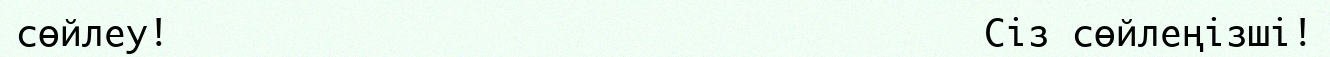
сөйлеу!                                     Сіз сөйлеңізші!